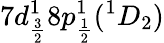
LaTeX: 7d_{\frac{3}{2}}^{1}8p_{\frac{1}{2}}^{1}(^{1}D_{2})